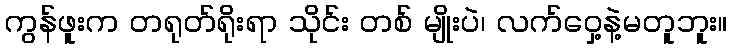
ကွန်ဖူးက တရုတ်ရိုးရာ သိုင်း တစ် မျိုးပဲ၊ လက်ဝှေ့နဲ့မတူဘူး။